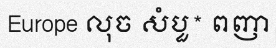
Europe លុច សំបួ* ពញា